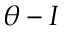
\theta - I